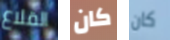
القلاع كان كان